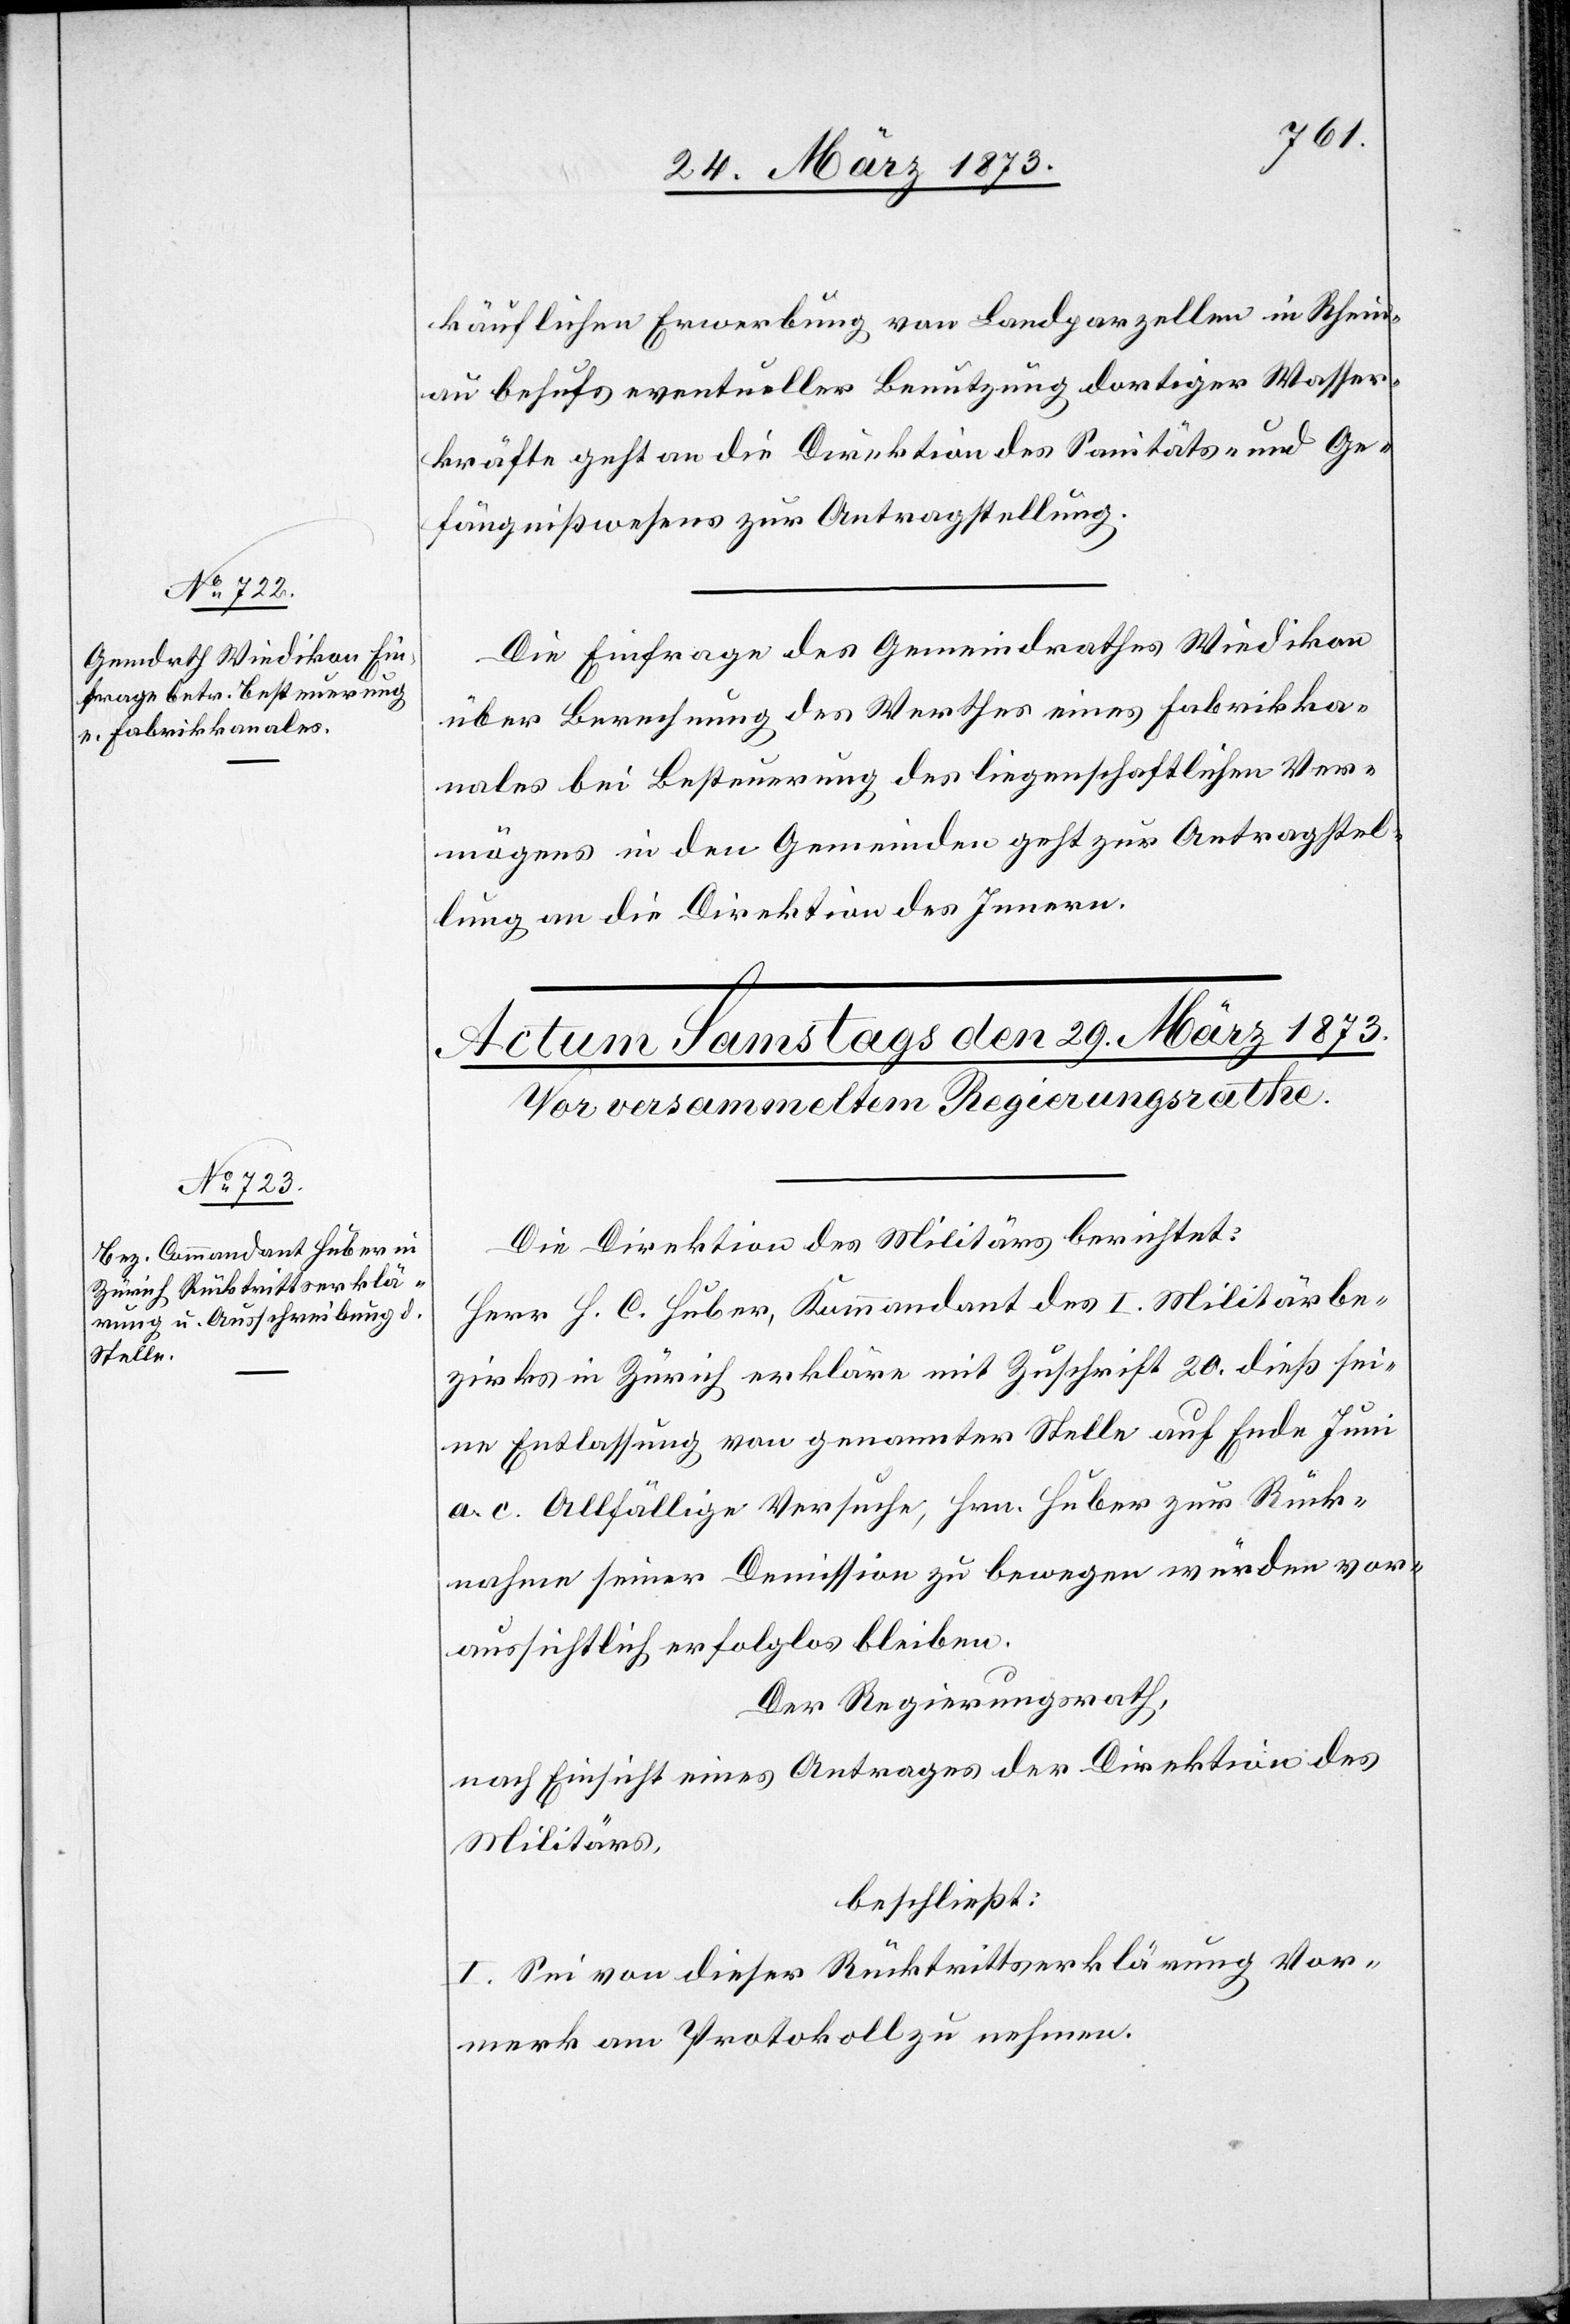
28. März 1873.]
käuflichen Erwerbung von Landparzellen in Rhein¬
au behufs eventueller Benutzung dortiger Wasser¬
kräfte geht an die Direktion des Sanitäts- und Ge¬
fängnißwesens zur Antragstellung.
Die Einfrage des Gemeindrathes Wiedikon
über Berechnung des Werthes eines Fabrikka¬
nales bei Besteuerung des liegenschaftlichen Ver¬
mögens in den Gemeinden geht zur Antragstel¬
lung an die Direktion des Innern.
Die Direktion des Militärs berichtet:
Herr H. C. Huber, Kommandant des I. Militärbe¬
zirks in Zürich erkläre mit Zuschrift 20. dieß sei¬
ne Entlassung von genannter Stelle auf Ende Juni
a. c. Allfällige Versuche, Hrn. Huber zur Rück¬
nahme seiner Demission zu bewegen würden vor¬
aussichtlich erfolglos bleiben.
Der Regierungsrath,
nach Einsicht eines Antrages der Direktion des
Militärs,
beschließt:
I. Sei von dieser Rücktrittserklärung Vor¬
merk am Protokoll zu nehmen.